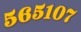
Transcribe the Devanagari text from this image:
५६५१०७